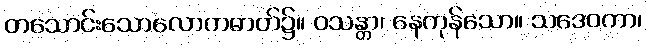
တသောင်းသောလောကဓာတ်၌။ ဝသန္တာ၊ နေကုန်သော။ သဒေဝကာ၊